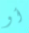
أو